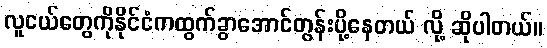
လူငယ်တွေကိုနိုင်ငံကထွက်ခွာအောင်တွန်းပို့နေတယ် လို့ ဆိုပါတယ်။